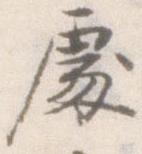
処